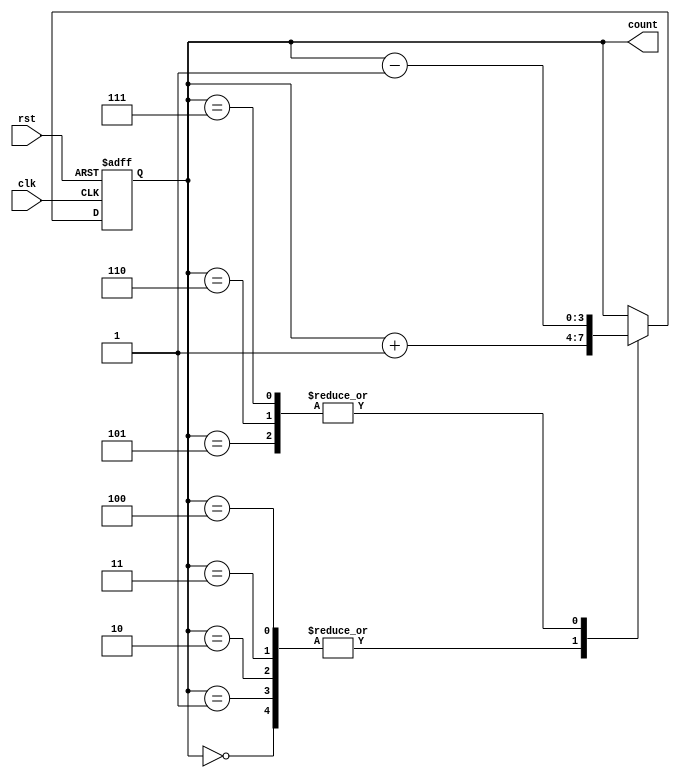
module gray_counter(
    input wire clk,
    input wire rst,
    output reg [3:0] count
);

reg [3:0] next_count;

always @(posedge clk or posedge rst) begin
    if(rst) begin
        count <= 4'b0000;
    end else begin
        count <= next_count;
    end
end

always @* begin
    case(count)
        4'b0000: next_count = count + 1;
        4'b0001: next_count = count + 1;
        4'b0010: next_count = count + 1;
        4'b0011: next_count = count + 1;
        4'b0100: next_count = count + 1;
        4'b0101: next_count = count - 1;
        4'b0110: next_count = count - 1;
        4'b0111: next_count = count - 1;
        default: next_count = count;
    endcase
end

endmodule